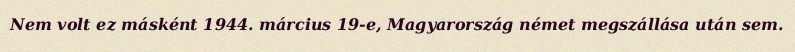
Nem volt ez másként 1944. március 19-e, Magyarország német megszállása után sem.